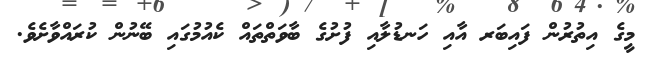
މީގެ އިތުރުން ފައިބަރ އާއި ހަނޑުލާއި ފުށުގެ ބާވަތްތައް ކެއުމުގައި ބޭނުން ކުރައްވާށެވެ.